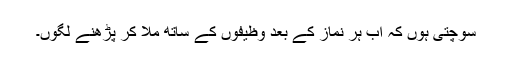
سوچتی ہوں کہ اب ہر نماز کے بعد وظیفوں کے ساتھ ملا کر پڑھنے لگوں۔